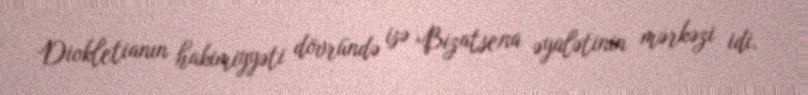
Diokletianın hakimiyyəti dövründə isə Bizatsena əyalətinin mərkəzi idi.